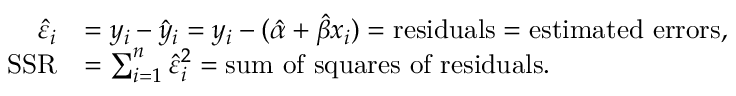
{ \begin{array} { r l } { { \hat { \varepsilon } } _ { i } } & { = y _ { i } - { \hat { y } } _ { i } = y _ { i } - ( { \hat { \alpha } } + { \hat { \beta } } x _ { i } ) = { \mathrm { r e s i d u a l s } } = { \mathrm { e s t i m a t e d ~ e r r o r s } } , } \\ { { \mathrm { S S R } } } & { = \sum _ { i = 1 } ^ { n } { { \hat { \varepsilon } } _ { i } } ^ { 2 } = { \mathrm { s u m ~ o f ~ s q u a r e s ~ o f ~ r e s i d u a l s } } . } \end{array} }